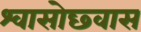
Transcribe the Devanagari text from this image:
श्वासोछ्वास